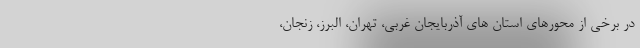
در برخی از محورهای استان های آذربایجان غربی، تهران، البرز، زنجان،